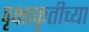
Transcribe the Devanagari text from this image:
वृक्षाकृतीच्या